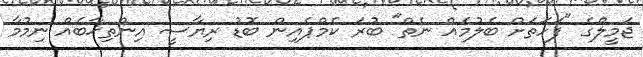
ޖަމީލްގެ "ފަހަތަށް ބެލުމެއް ނެތް" ބުރަ ކެމްޕެއިން ބޮޑު ރިޔާސީ އިންތިޚާބެއް ނިމުމާ